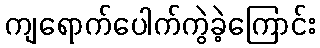
ကျရောက်ပေါက်ကွဲခဲ့ကြောင်း